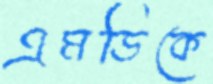
এমডিকে